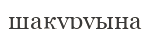
шақуруына